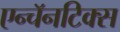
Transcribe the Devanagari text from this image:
एन्चॅनटिक्स